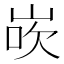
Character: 𪨸